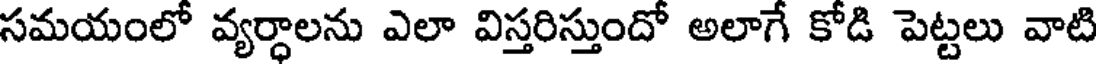
సమయంలో వ్యర్ధాలను ఎలా విస్తరిస్తుందో అలాగే కోడి పెట్టలు వాటి